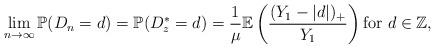
LaTeX: \begin{align*}\lim_{n \to \infty} \mathbb{P}( D_n= d ) = \mathbb{P}( D^*_z = d ) = \frac{1}{\mu} \mathbb{E} \left( \frac{ (Y_1 - |d| )_{+} }{ Y_1 } \right) \mbox{for~}d \in \mathbb{Z},\end{align*}